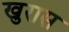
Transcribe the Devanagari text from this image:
खुरास